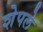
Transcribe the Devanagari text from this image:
शेपले